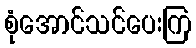
စုံအောင်သင်ပေးကြ